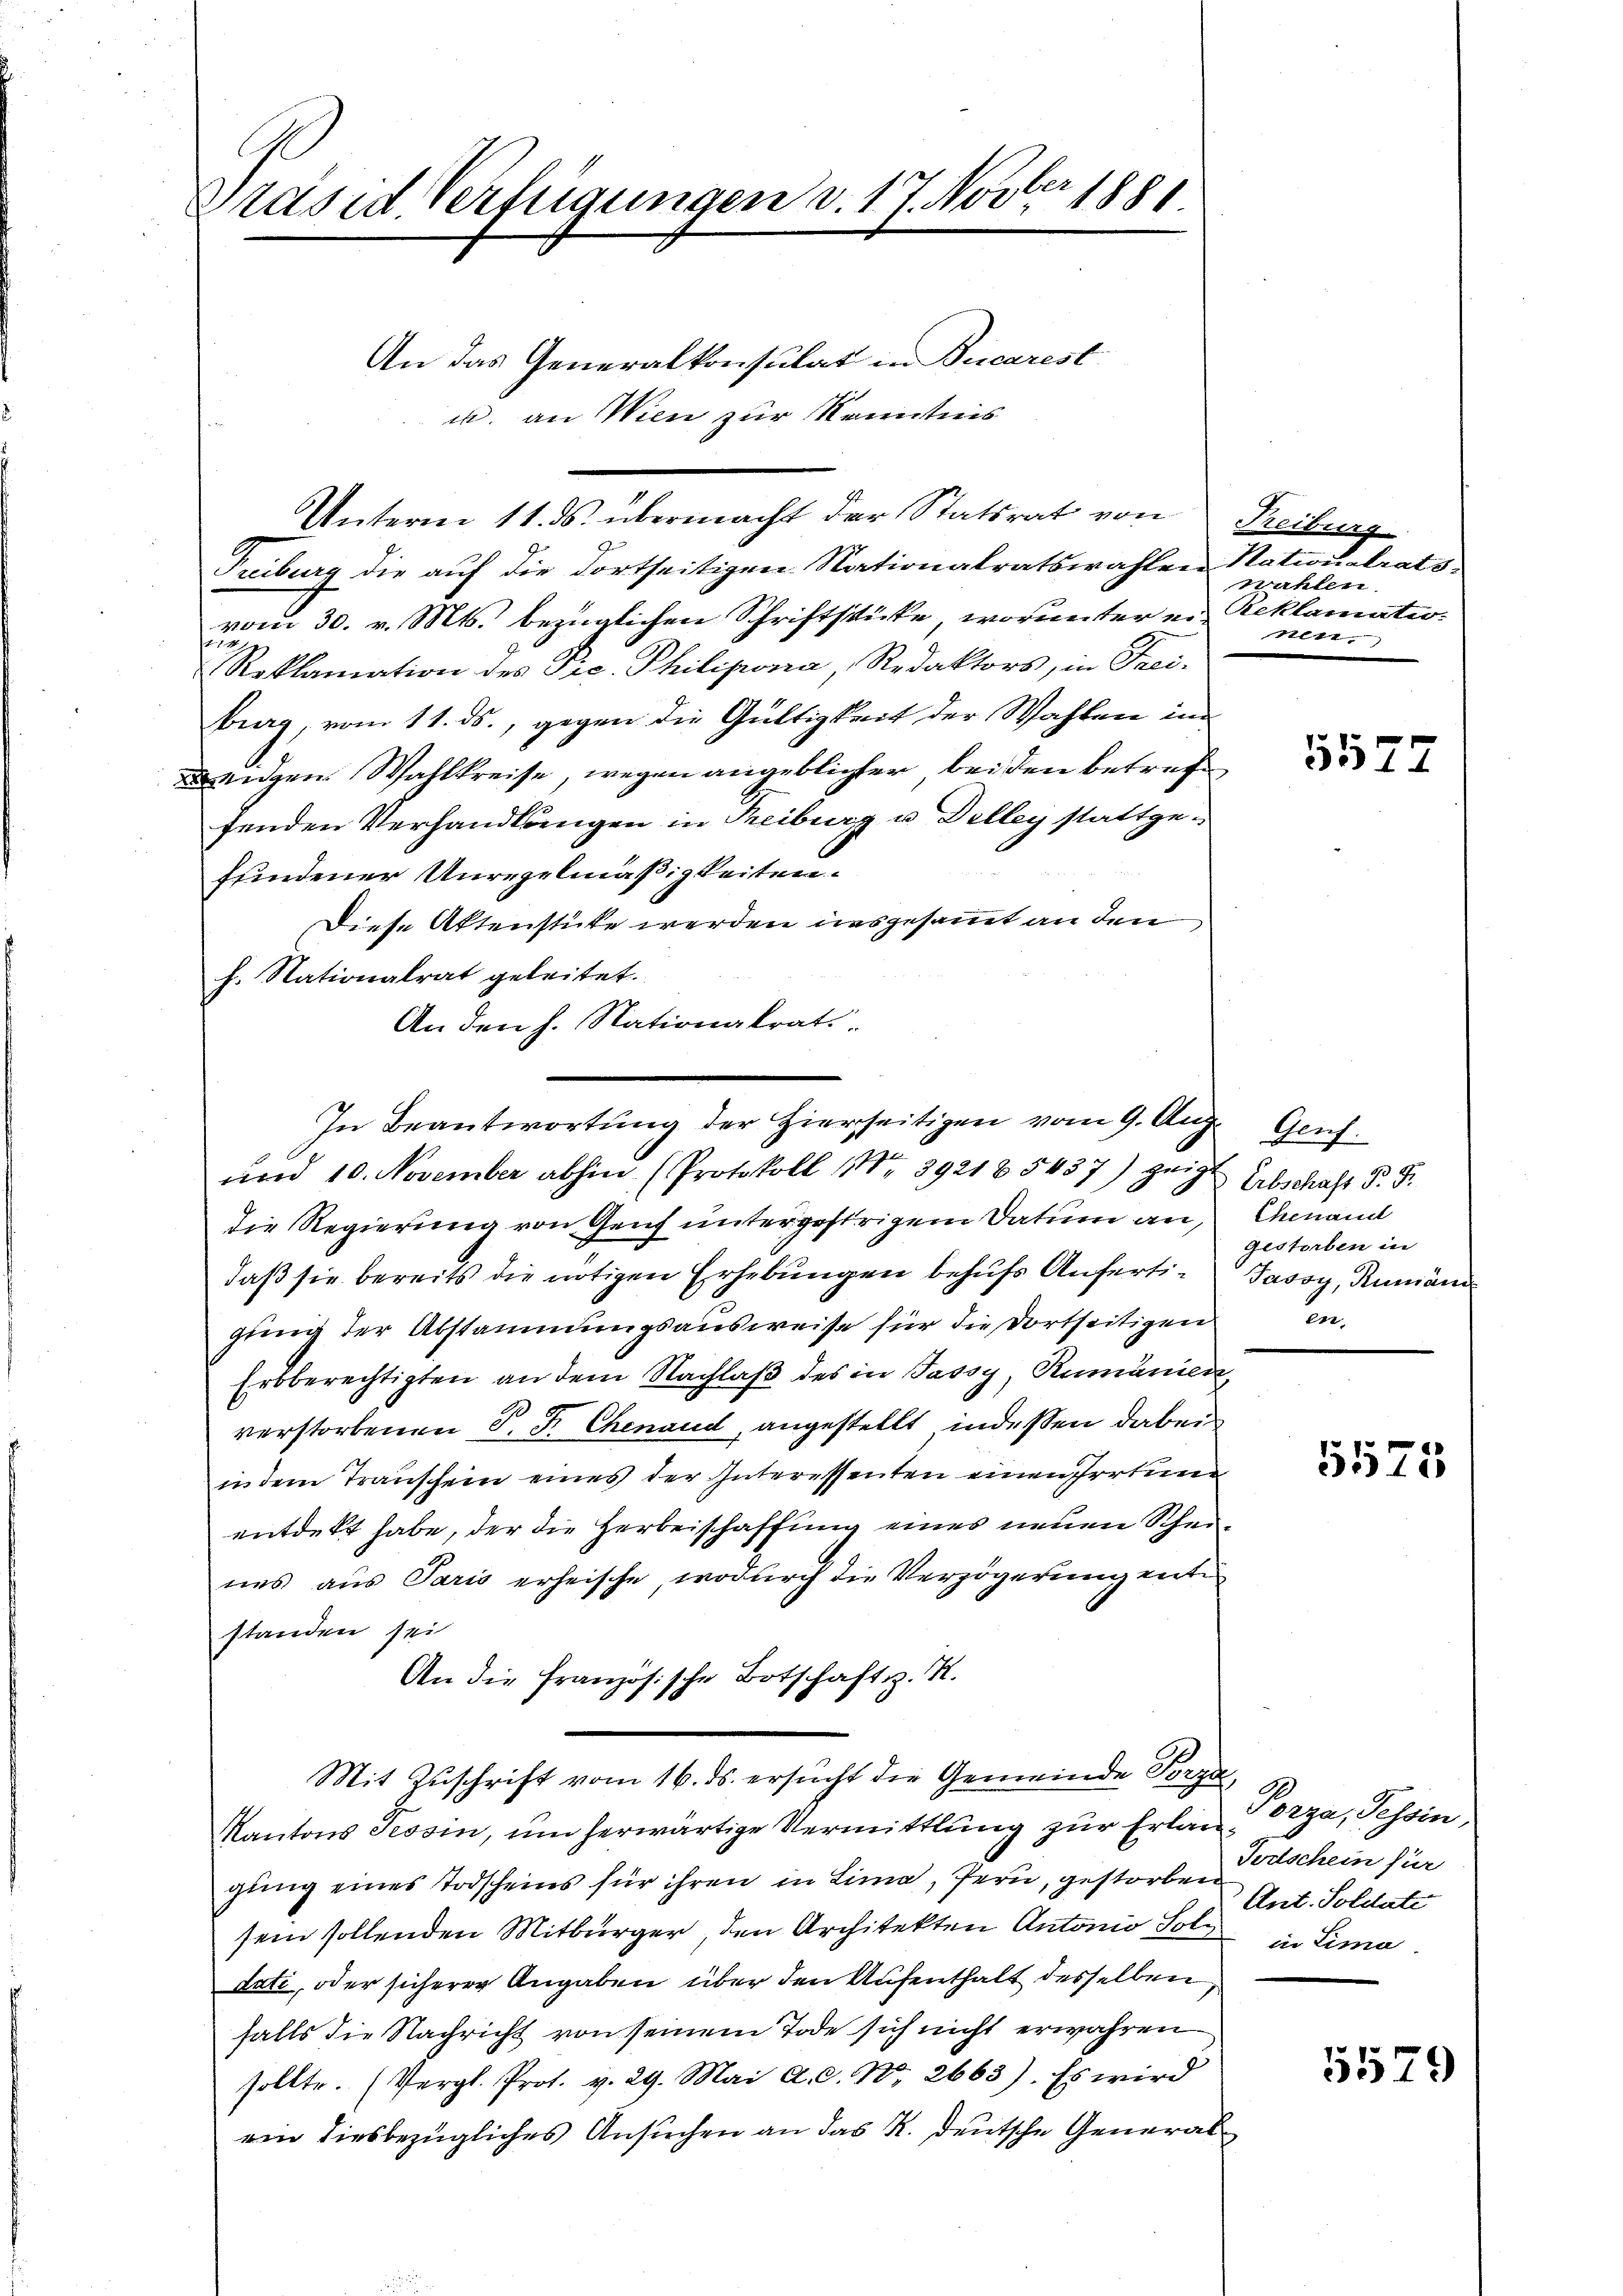
Präsid. Verfügungen v. 17. Novber 1881.

Fribourg die auf die dortseitigen Nationalratswahlen Nationalratsvom 30. v. Mts. bezüglichen Schriftstücke, worunter ein Reklamatio
1741
Reklamation des Pec. Philipona, Redaktors, in Frei-
burg, vom 11. ds., gegen die Gültigkeit der Wahlen in
Leidgen. Wahlkreise, wegen angeblichter bei den betreffenden Verhandlungen in Treiburg u Delley stattgefundener Unregelmäßigkeiten.
Diese Aktenstüke werden ausgesammt an den
h. Nationalrat geleitet.
An den h. Nationalrat
und 10. November abhin (Protokoll (Nr. 39218 5437) zeige
die Regierung von Genf untergestrigen Datum an,
daß sie bereits die nötigen Erhebungen behufs Anfertigling der Abstammungsausweise für die dortseitigen
Erbberechtigten an dem Nachlaß des in Jassy, Rumänien,
verstorbenen S. J. Chenaud, angestellt, indessen dabei
in dem Transchein eines der Interessenten einen Irrtum
entdekt habe, der die Herbeischaffung eines neuen Scheines aus Paris erheische, wodurch die Verzögerung ent
standen sei
An die Französische Botschaft z. R.
Mit Zuschrift vom 16. ds. ersucht die Gemeinde Perga
Kantons Tessin, um herwärtige Vermittlung zur Erlaugung eines Todscheins für ihren in Lima, fern, gestorben
sein sollenden Mitbürger den Architekten Antonio Soll in Lima.
dati, oder sicherer Angaben über den Aufenthalt desselben
falls die Nachricht von seinem Tode sich nicht erwahren
sollte. (Vergl. Prot. v. 29. Mai a.c. N. 2663). Es wird
ein diesbezügliches Ansuchen an das K. Deutsche General¬

u. an Wien zur Kenntnis

An das Generalkonsulat in Bucarest

Unterm 11. ds. übermacht der Statsrat von Freiburg

In Beantwortung der Hierseitigen vom 9. Aug. Genf.

wahlen.
Mlte.

5577

Erbschaft P. Fr.
Chenand
gestorben in
Jason, Rumäni
den

5575

Porza, Tessin,
Todtschein für
Ant. Soldate

5579